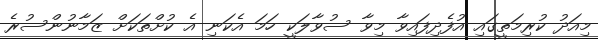
މިއަދު ކުރިމަތީގައި އުފެދިފައިވާ މިވާ ސުވާލަކީ ހަމަ އެކަނި އެ ކުށްތަކަށް ޒަމާނުންސުރެ